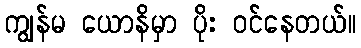
ကျွန်မ ယောနိမှာ ပိုး ဝင်နေတယ်။